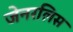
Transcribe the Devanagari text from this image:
जेनरलिस